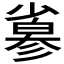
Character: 𢒮